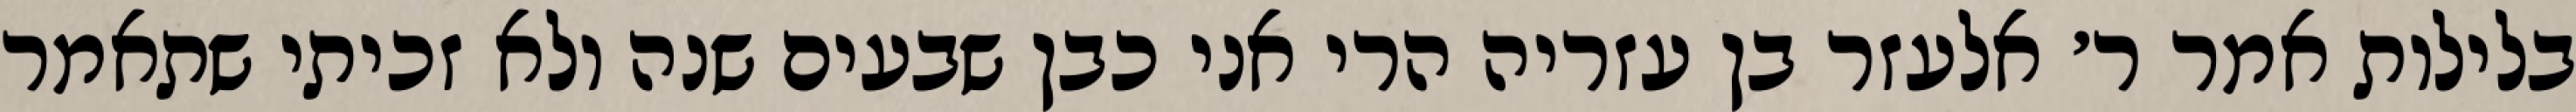
בלילות אמר ר׳ אלעזר בן עזריה הרי אני כבן שבעים שנה ולא זכיתי שתאמר